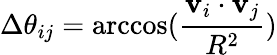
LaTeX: \Delta\theta_{ij}=\operatorname{arccos}(\frac{\mathbf{v}_{i}\cdot\mathbf{v}_{j}}{R^{2}})